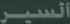
العربية